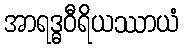
အာရဒ္ဓဝီရိယဿာယံ